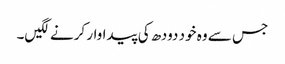
جس سے وہ خود دودھ کی پیداوار کرنے لگیں۔